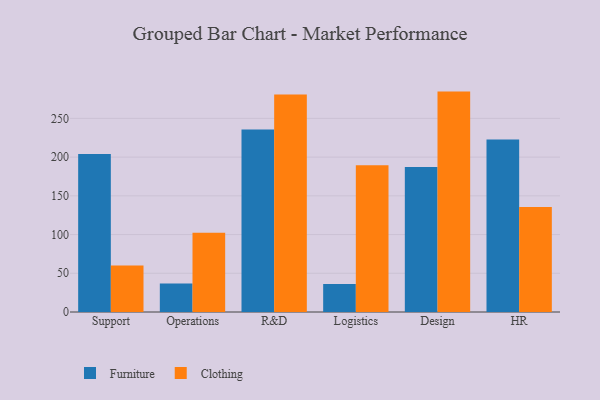
{"axis": {"x": "Department", "y": "Population (Million)"}, "legend": ["Clothing", "Furniture"], "data": [{"x": "Support", "y": 204.0, "type": "Furniture"}, {"x": "Support", "y": 60.0, "type": "Clothing"}, {"x": "Operations", "y": 36.8, "type": "Furniture"}, {"x": "Operations", "y": 102.2, "type": "Clothing"}, {"x": "R&D", "y": 235.7, "type": "Furniture"}, {"x": "R&D", "y": 280.9, "type": "Clothing"}, {"x": "Logistics", "y": 36.1, "type": "Furniture"}, {"x": "Logistics", "y": 189.4, "type": "Clothing"}, {"x": "Design", "y": 187.3, "type": "Furniture"}, {"x": "Design", "y": 284.6, "type": "Clothing"}, {"x": "HR", "y": 222.6, "type": "Furniture"}, {"x": "HR", "y": 135.7, "type": "Clothing"}]}